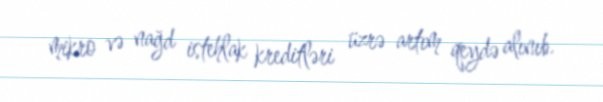
mikro və nağd istehlak kreditləri üzrə artım qeydə alınıb.